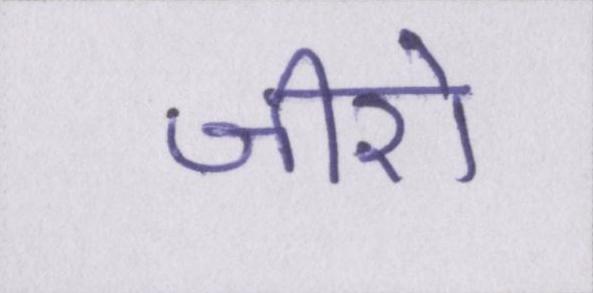
जीरो